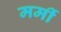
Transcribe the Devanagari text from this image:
मर्मी